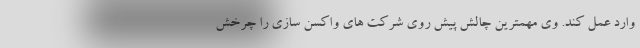
وارد عمل کند. وی مهمترین چالش پیش روی شرکت های واکسن سازی را چرخش